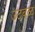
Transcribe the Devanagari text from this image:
उठवळ